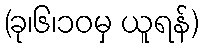
(ခု၊၆၊၁၀မှ ယူရန်)